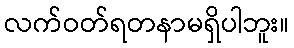
လက်ဝတ်ရတနာမရှိပါဘူး။